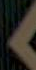
)